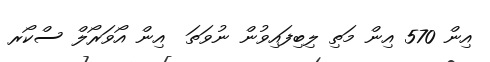
އިން 570 އިން މަތި ލިބިފައިވުން ނުވަތަ  އިން އޯވަރޯލް ސްކޯރ